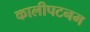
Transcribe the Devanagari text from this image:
कालीपटनम